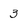
Character: 3